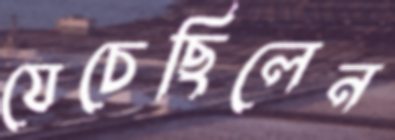
যেচেছিলেন